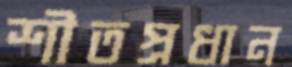
শীতপ্রধান